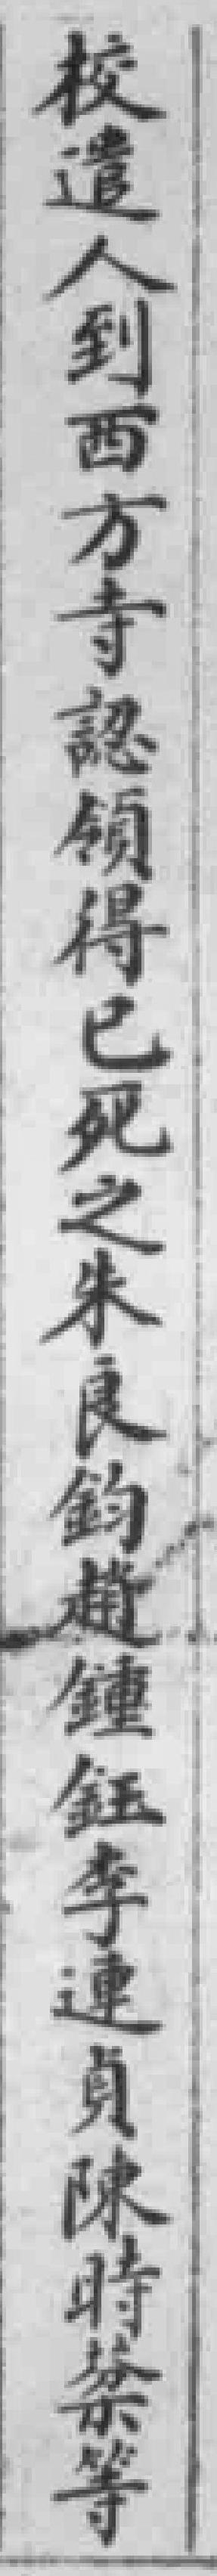
校遣人到西方寺認領得已死之朱良鈞趙鐘鈺李連貞陳時棻等